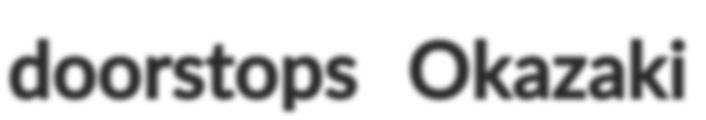
doorstops Okazaki